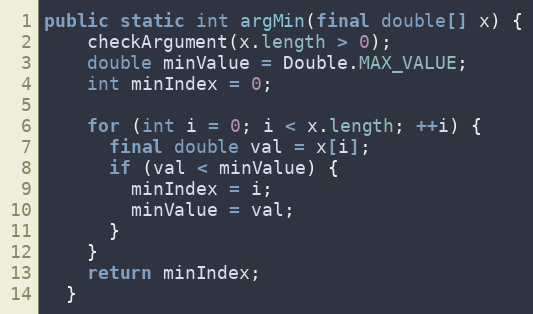
Language: Java
public static int argMin(final double[] x) {
    checkArgument(x.length > 0);
    double minValue = Double.MAX_VALUE;
    int minIndex = 0;

    for (int i = 0; i < x.length; ++i) {
      final double val = x[i];
      if (val < minValue) {
        minIndex = i;
        minValue = val;
      }
    }
    return minIndex;
  }